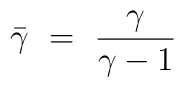
\bar\gamma\ =\ {\gamma\over \gamma-1}